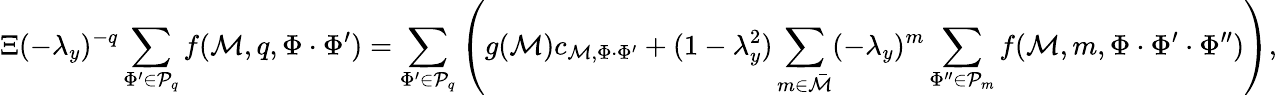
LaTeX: \Xi(-\lambda_{y})^{-q}\sum_{\Phi^{\prime}\in\mathcal{P}_{q}}f(\mathcal{M},q,\Phi\cdot\Phi^{\prime})=\sum_{\Phi^{\prime}\in\mathcal{P}_{q}}\left(g(\mathcal{M})c_{\mathcal{M},\Phi\cdot\Phi^{\prime}}+(1-\lambda_{y}^{2})\sum_{m\in\bar{\mathcal{M}}}(-\lambda_{y})^{m}\sum_{\Phi^{\prime\prime}\in\mathcal{P}_{m}}f(\mathcal{M},m,\Phi\cdot\Phi^{\prime}\cdot\Phi^{\prime\prime})\right),